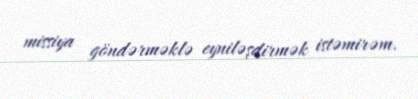
missiya göndərməklə eyniləşdirmək istəmirəm.